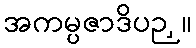
အကမ္ပဇာဒိပဉှ။